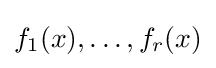
f_{1}(x),\ldots ,f_{r}(x)